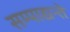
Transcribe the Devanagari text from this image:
सम्पाद्यन्ते